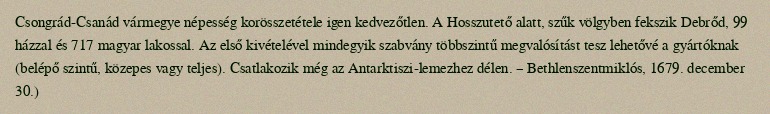
Csongrád-Csanád vármegye népesség korösszetétele igen kedvezőtlen. A Hosszutető alatt, szűk völgyben fekszik Debrőd, 99 házzal és 717 magyar lakossal. Az első kivételével mindegyik szabvány többszintű megvalósítást tesz lehetővé a gyártóknak (belépő szintű, közepes vagy teljes). Csatlakozik még az Antarktiszi-lemezhez délen. – Bethlenszentmiklós, 1679. december 30.)